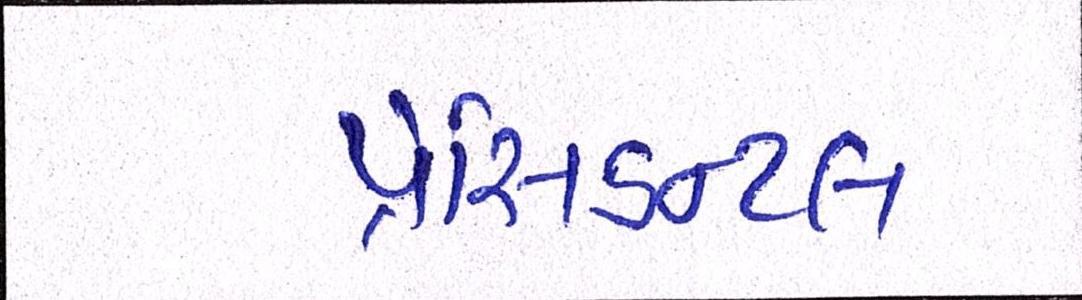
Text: પ્રેસિડન્ટલ